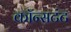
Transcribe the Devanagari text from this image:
कॉन्सटंट